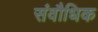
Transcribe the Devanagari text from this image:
संवौधिक